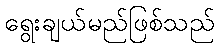
ရွေးချယ်မည်ဖြစ်သည်